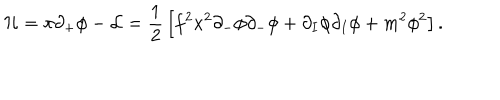
LaTeX: { \cal { H } } = \pi \partial _ { + } \phi - { \cal { L } } = { \frac { 1 } { 2 } } \left[ f ^ { 2 } x ^ { 2 } \partial _ { - } \phi \partial _ { - } \phi + \partial _ { I } \phi \partial _ { I } \phi + m ^ { 2 } \phi ^ { 2 } \right] .